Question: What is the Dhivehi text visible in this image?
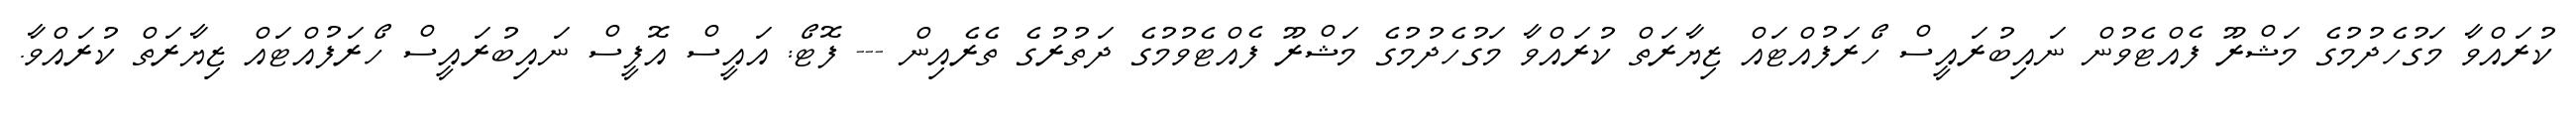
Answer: ކުރައްވާ މަގުހެދުމުގެ މަޝްރޫ ފެއްޓެވުން ނައިބުރައީސް ހޯރަފުއްޓައް ޒިޔާރަތް ކުރައްވާ މަގުހެދުމުގެ މަޝްރޫ ފެއްޓެވުމުގެ ދަތުރުގެ ތެރެއިން --- ފޮޓޯ: އައީސް އޮފީސް ނައިބުރައީސް ހޯރަފުއްޓައް ޒިޔާރަތް ކުރައްވާ.